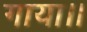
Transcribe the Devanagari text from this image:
गाया।।